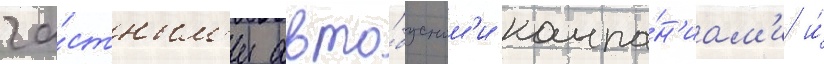
ча́стным'и авто́бусным'и компа́н'иам'и и́